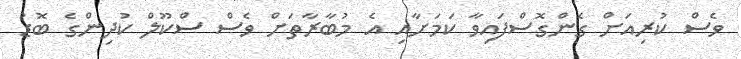
ވެސް ކުރިއަށް ގެންގޮސްފައިވާ ކަމަށާއި އެ މުބާރާތަށް ވެސް ސްކޫލް ކުދިންގެ ބޮޑު